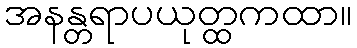
အနန္တရာပယုတ္ထကထာ။